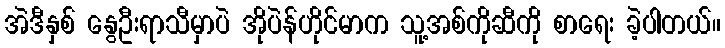
အဲဒီနှစ် နွေဦးရာသီမှာပဲ အိုပဲန်ဟိုင်မာက သူ့အစ်ကိုဆီကို စာရေး ခဲ့ပါတယ်။